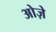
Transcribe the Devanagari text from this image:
ओज़े